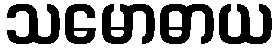
သမောဓာယ